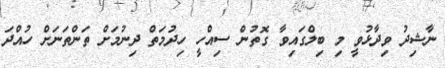
ނާޝިދު ވިދާޅުވީ މި ބިލްގައިވާ ގޮތުން ސިއްހީ ހިދުމަތް ދިނުމަށް ތަންތަނަށް ހުއްދަ